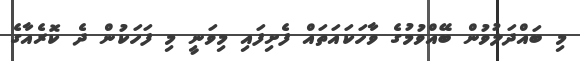
މި ބައްދަލުވުން ބޭއްވުމުގެ ވާހަކައަތައް ފެށިފައި މިވަނީ މި ފަހަކުން ދެ ކޮރެއާގެ